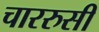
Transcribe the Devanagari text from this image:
चाररुसी